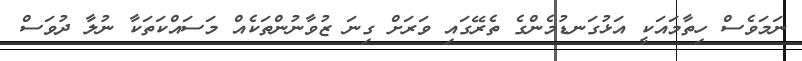
ނަމަވެސް ހިތާމައަކީ އަޅުގަނޑުމެންގެ ތެރޭގައި ވަރަށް ގިނަ ޒުވާނުންތަކެއް މަސައްކަތަކާ ނުލާ ދުވަސް